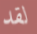
لقد